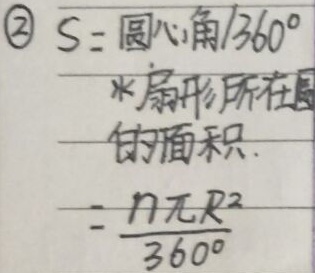
\textcircled{2} \(S = \frac{\text{圆心角}}{360^{\circ}}\times\text{扇形所在圆的面积}\)
\(S=\frac{n\pi R^{2}}{360}\) （注：这里\(n\)表示圆心角度数）